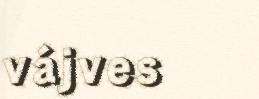
vájves